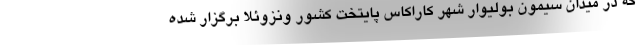
که در میدان سیمون بولیوار شهر کاراکاس پایتخت کشور ونزوئلا برگزار شده